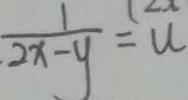
\frac { 1 } { 2 x - y } = u